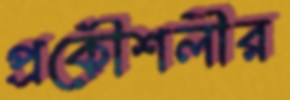
প্রকৌশলীর